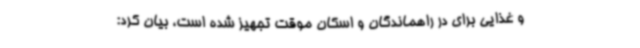
و غذایی برای در راهماندگان و اسکان موقت تجهیز شده است، بیان کرد: